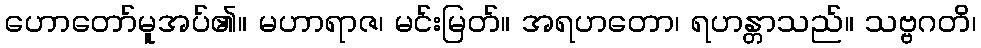
ဟောတော်မူအပ်၏။ မဟာရာဇ၊ မင်းမြတ်။ အရဟတော၊ ရဟန္တာသည်။ သဗ္ဗဂတိ၊